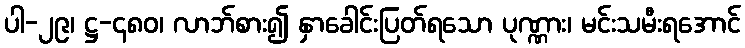
ပါ-၂၉၊ ဋ္ဌ-၄၈၀၊ လာဘ်စား၍ နှာခေါင်းပြတ်ရသော ပုဏ္ဏား၊ မင်းသမီးရအောင်